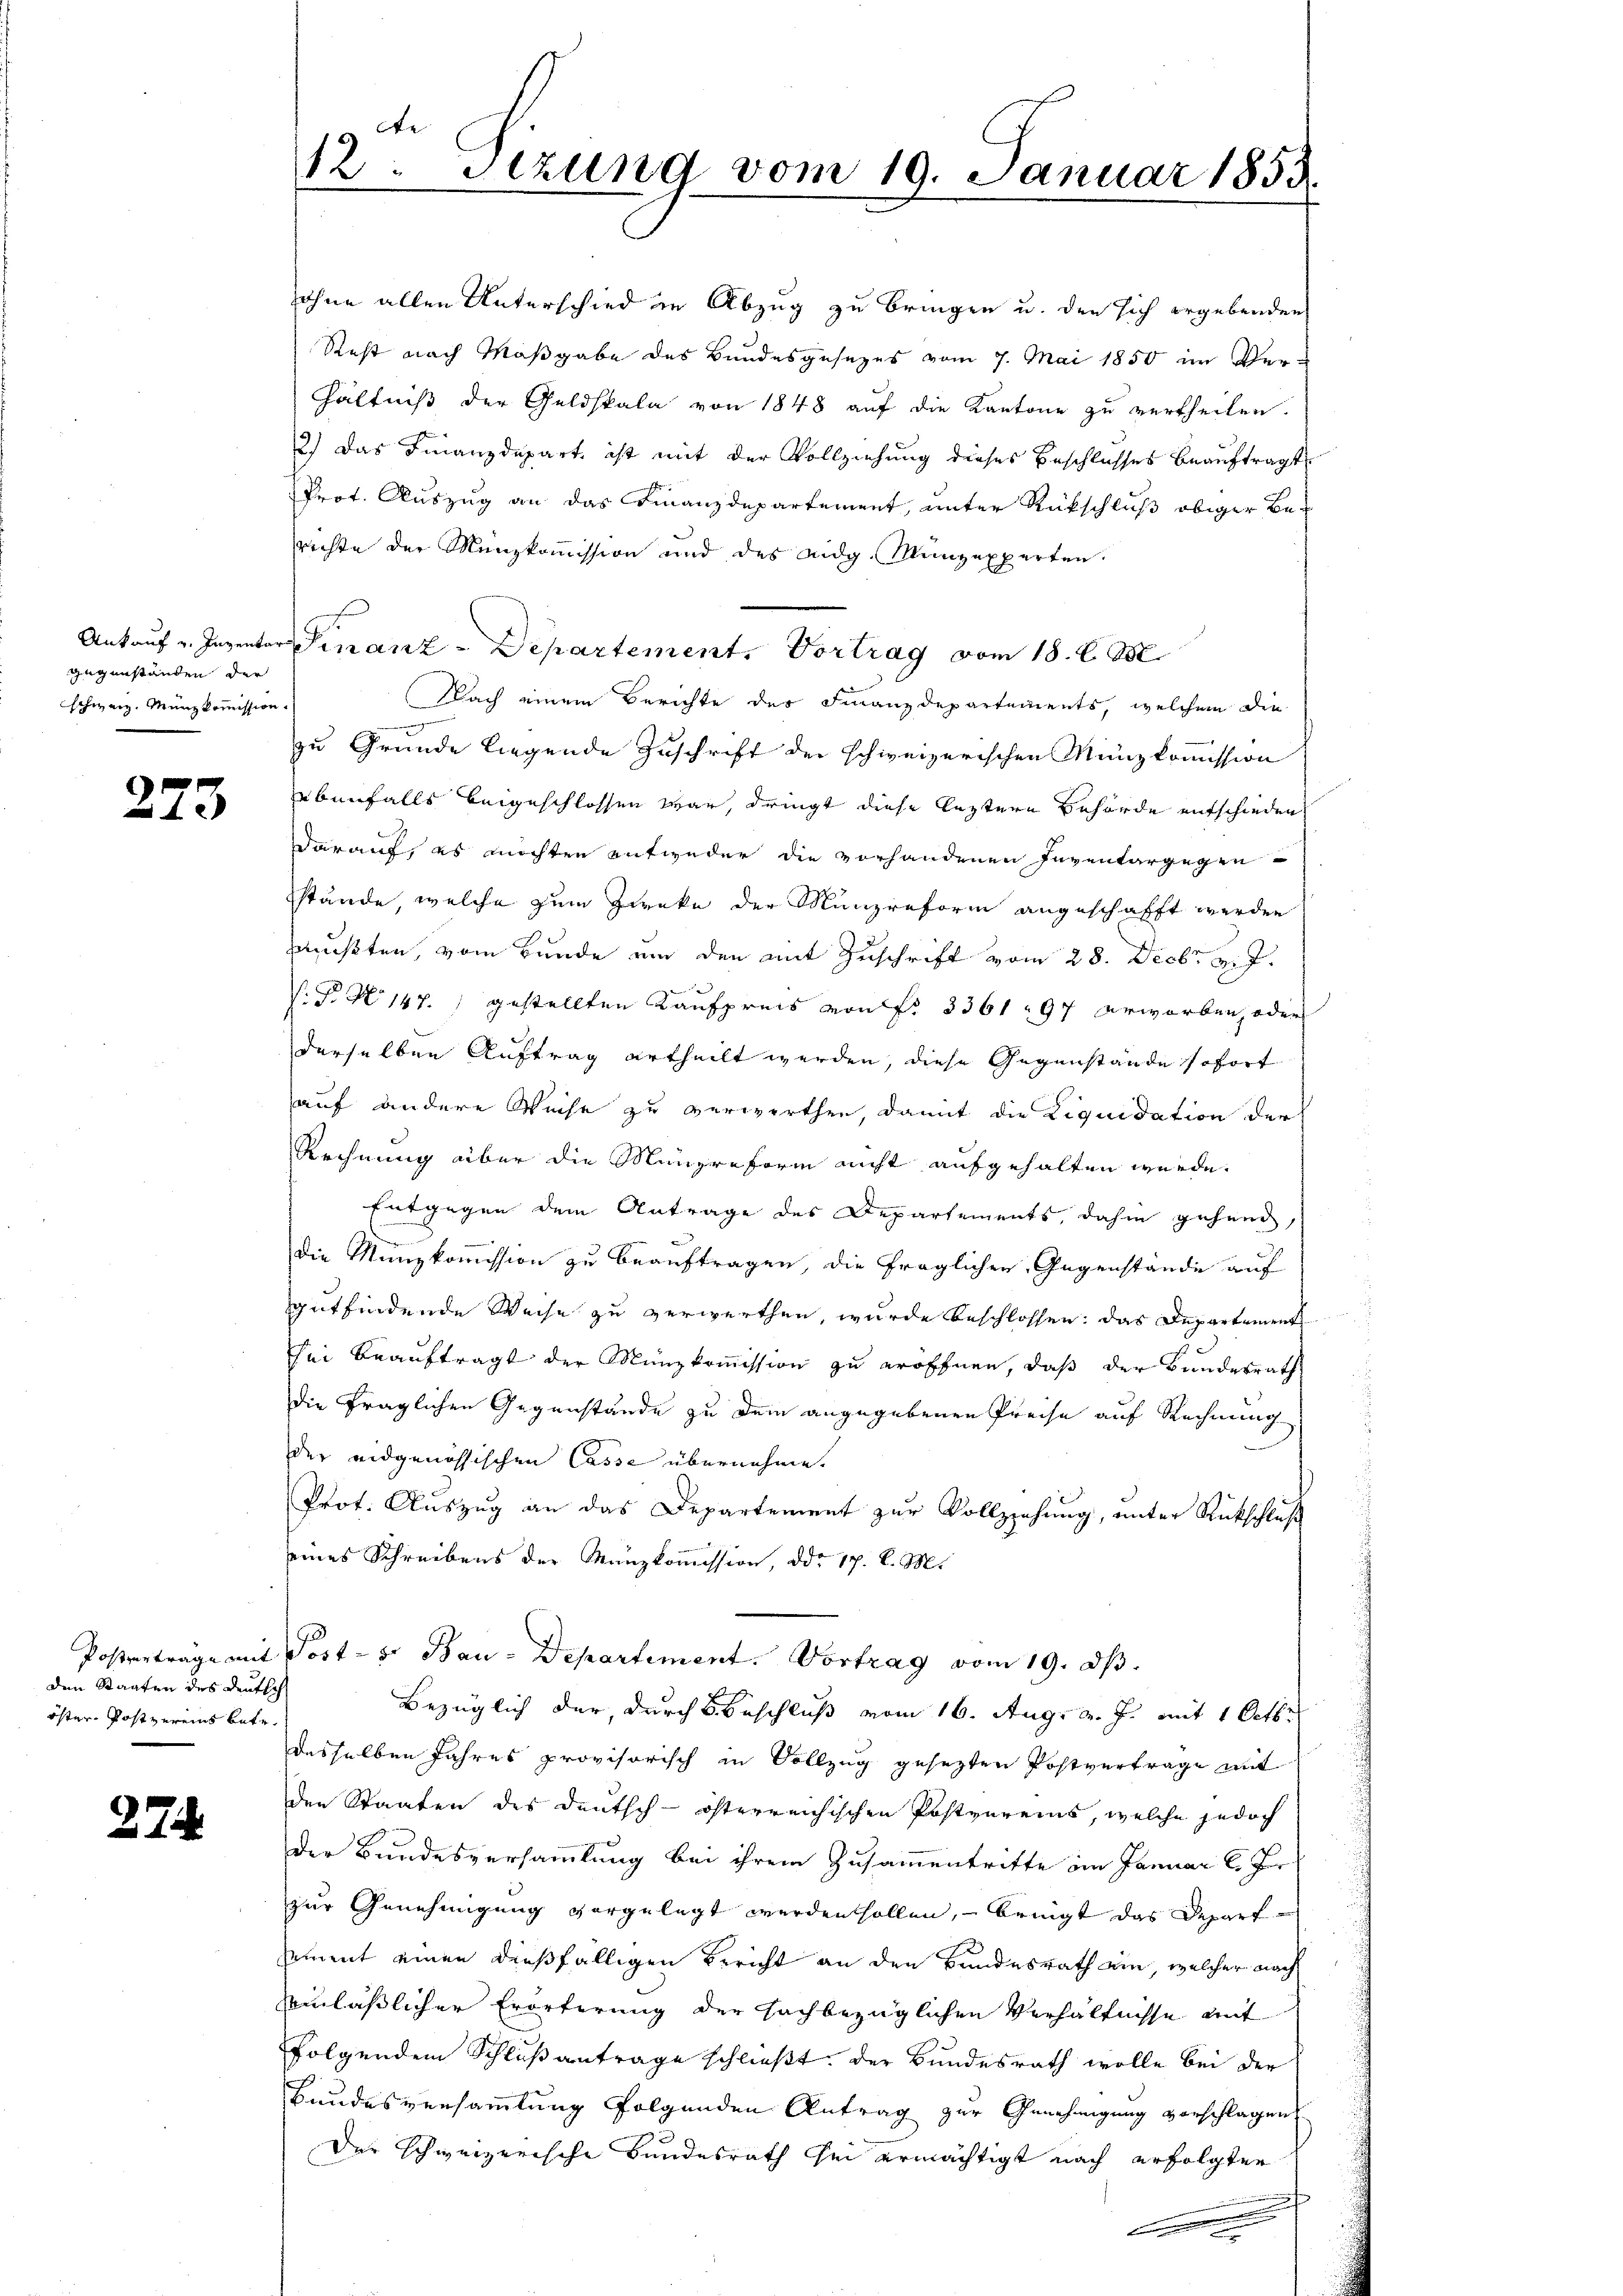
gegenständen der
schweiz. Münzkommission.

273

den Staaten des Deutsch
öster Postvereins betr.

27.

sohne allen Unterschied in Abzug zu bringen u. den sich ergebenden
Rest nach Maßgabe des Bundesgesezes vom 7. Mai 1850 im Verhältniß der Geldskala von 1848 auf die Kantone zu vertheilen.
2.) Das Finanzdepart, ist mit der Vollziehung dieses Beschlusses beauftragt
Prot. Auszug an das Finanzdepartement, unter Rückschluß obiger Berechte der Menzkommission und des eidg. Münzexperten.
Ankauf v. Inventar Finanz-Departement. Vortrag vom 18. d. M.
Nach einem Berichte der Finanzdepartements, welchem die
e
zu Grunde liegende Zuschrift der schweizerischen Münzkommission
ebenfalls beigeschlossen war, dringt diese letztern Behörde entschieden
darauf, es möchten entweder die vorhandenen Inventargegen
stände, welche zum Zwecke der Münzreform angeschafft werden
mußten, vom Bunde um den mit Zuschrift vom 28. Decbr v. J.
V. P. No 147. 1 gestellten Kaufpreis von fr. 3361. 97 erworben, oder
derselben Auftrag ertheilt werden, diese Gegenstände sofort
auf andere Weise zu verwerthen, damit die Liquidation der
Rechnung aber die Münzreform nicht aufgehalten würde.
Entgegen dem Antrage des Departements, dahin gehend,
die Manzkommission zu beauftragen, die fraglichen Gegenstände auf
gutfindende Weise zu verwerthen, wurde beschlossen, das Departement
sei beauftragt der Münzkommission zu eröffnen, daß der Bundesrath
die fraglichen Gegenstände zu dem angegebenen Preise auf Rechnung
der eidgenössischen Casse übernehme.
Prot. Auszug an das Departement zur Vollziehung, unter Rückschluß
eines Schreibens der Manzkommission, ddo 17. d. M.
Posterträge mit Post- u. Bau-Departement. Vortrag vom 19. dβ.
Bezüglich der, durch Beschluß vom 16. Aug. v. J. mit 1 Octbr
desselben Jahres provisorisch in Vollzug gesezten Postvertrage mit
den Staaten des Deutsch-österreichischen Postvereins, welche jedoch
der Bundesversammlung bei ihrem Zusammentritte im Januar l. J
zur Genehmigung vorgelegt werden sollen, – bringt das Depart
sement einen dießfälligen Bericht an den Bundesrath ein, welcher nach
einläßlicher Erörterung der sachbezüglichen Verhältnisse mit
folgendem Schlußantrage schließt, der Bundesrath wolle bei der
Bundesversammlung folgenden Antrag zur Genehmigung vorschlagen
Der schweizerische Bundesrath sei ermächtigt nach erfolgten
f

12. Sezung vom 19. Januar 1855